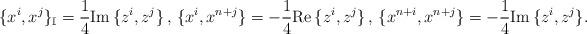
LaTeX: \begin{align*}\{x^i,x^j\}_\mathbb{I}=\frac{1}{4}{\rm Im}\,\{z^i,z^j\}\,,\,\{x^i,x^{n+j}\}=-\frac{1}{4}{\rm Re}\,\{z^i,z^j\}\,,\,\{x^{n+i},x^{n+j}\}=-\frac{1}{4}{\rm Im}\,\{z^i,z^j\}.\end{align*}